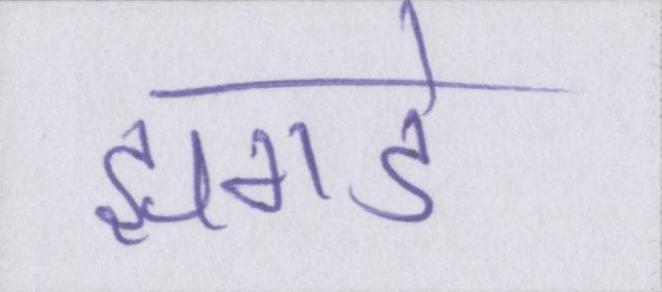
झगडे